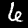
Digit: 6